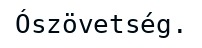
Ószövetség.